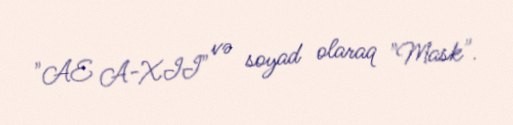
"AE A-XII" və soyad olaraq "Mask".